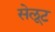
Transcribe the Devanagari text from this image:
सेलूट